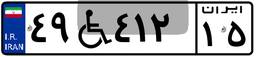
۴۹W۴۱۲۱۵